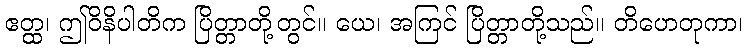
ဧတ္ထ၊ ဤဝိနိပါတိက ပြိတ္တာတို့တွင်။ ယေ၊ အကြင် ပြိတ္တာတို့သည်။ တိဟေတုကာ၊